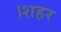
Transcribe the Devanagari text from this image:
।शहर